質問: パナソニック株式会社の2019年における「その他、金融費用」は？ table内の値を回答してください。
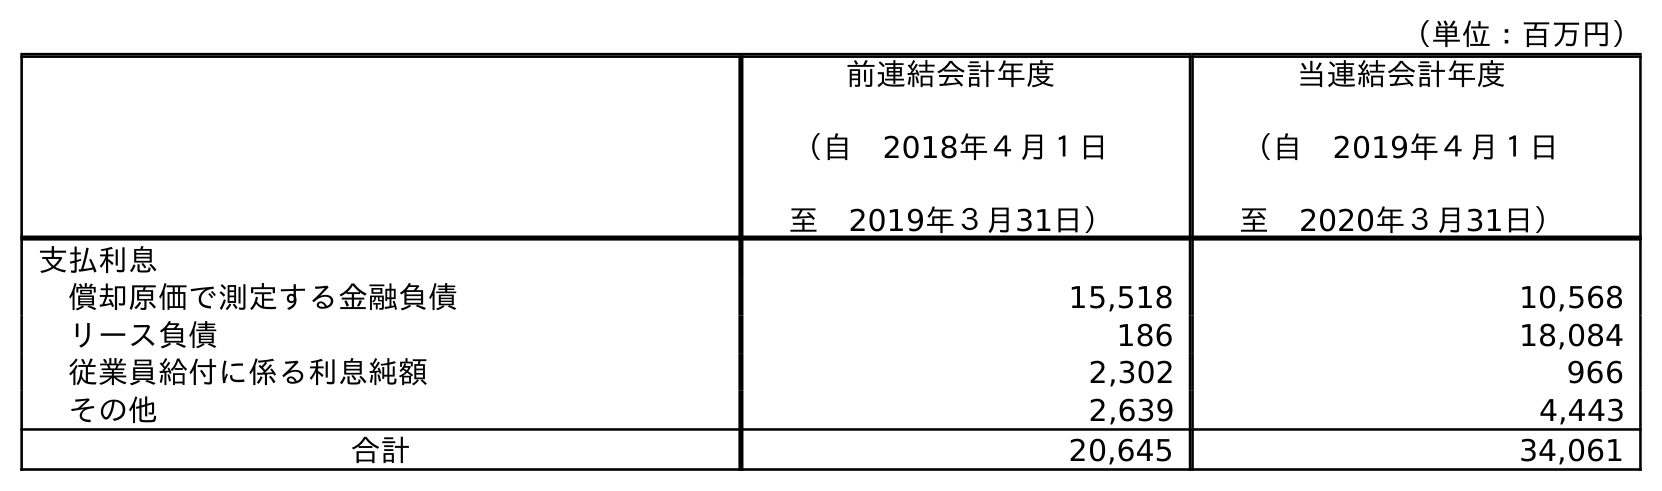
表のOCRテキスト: （単位：百万円） 前連結会計年度 （自 2018年４月１日 至 2019年３月31日） 当連結会計年度 （自 2019年４月１日 至 2020年３月31日） 支払利息 償却原価で測定する金融負債 15,518 10,568 リース負債 186 18,084 従業員給付に係る利息純額 2,302 966 その他 2,639 4,443 合計 20,645 34,061
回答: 2,639